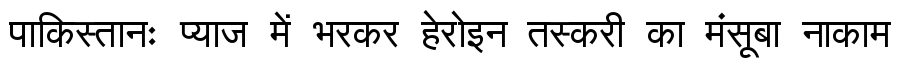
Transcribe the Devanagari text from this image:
पाकिस्तानः प्याज में भरकर हेरोइन तस्करी का मंसूबा नाकाम